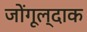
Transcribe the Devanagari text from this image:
जोंगूल्दाक